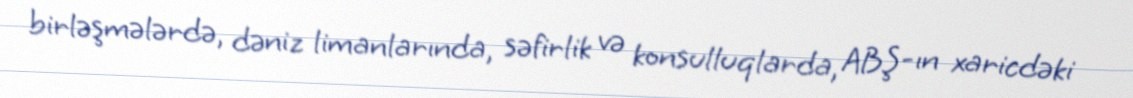
birləşmələrdə, dəniz limanlarında, səfirlik və konsulluqlarda, ABŞ-ın xaricdəki